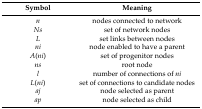
<table><thead><tr><td><b>Symbol</b></td><td><b>Meaning</b></td></tr></thead><tbody><tr><td><i>n</i></td><td>nodes connected to network</td></tr><tr><td><i>Ns</i></td><td>set of network nodes</td></tr><tr><td><i>L</i></td><td>set links between nodes</td></tr><tr><td><i>ni</i></td><td>node enabled to have a parent</td></tr><tr><td><i>A</i>(<i>ni</i>)</td><td>set of progenitor nodes</td></tr><tr><td><i>ns</i></td><td>root node</td></tr><tr><td><i>l</i></td><td>number of connections of <i>ni</i></td></tr><tr><td><i>L</i>(<i>ni</i>)</td><td>set of connections to candidate nodes</td></tr><tr><td><i>aj</i></td><td>node selected as parent</td></tr><tr><td><i>ap</i></td><td>node selected as child</td></tr></tbody></table>